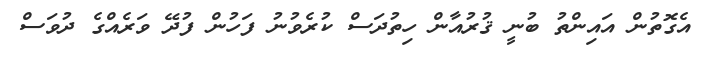
އެގޮތުން އައިންތު ބުނީ ޤުރުއާން ހިތުދަސް ކުރެވުނު ފަހުން ފުދޭ ވަރެއްގެ ދުވަސް